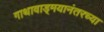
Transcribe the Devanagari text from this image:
गाथावाड्मयानंतरच्या